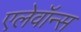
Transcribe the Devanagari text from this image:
एलेवॉन्स